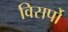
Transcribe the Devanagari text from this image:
विसर्पो